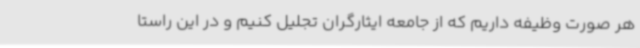
هر صورت وظیفه داریم که از جامعه ایثارگران تجلیل کنیم و در این راستا